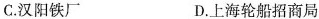
C.汉阳铁厂 D.上海轮船招商局